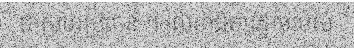
ជាសហប្រធាន ។ លេខាធិការដ្ឋានរបស់